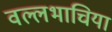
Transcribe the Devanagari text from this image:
वल्लभाचिया